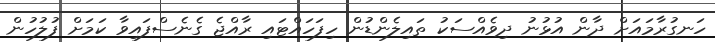
ހަނގުރާމައަށް ދާން އުޅުނު ދިވެއްސަކު ތައިލެންޑުން ހިފަހައްޓައި ރާއްޖެ ގެނެސްފައިވާ ކަމަށް ފުލުހުން